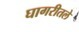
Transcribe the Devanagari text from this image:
घागरीतले